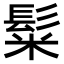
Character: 𩭄